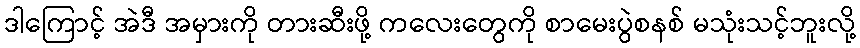
ဒါကြောင့် အဲဒီ အမှားကို တားဆီးဖို့ ကလေးတွေကို စာမေးပွဲစနစ် မသုံးသင့်ဘူးလို့